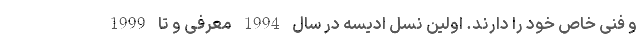
و فنی خاص خود را دارند. اولین نسل ادیسه در سال 1994 معرفی و تا 1999